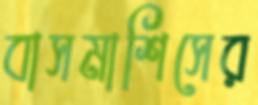
বাসমাশিসের